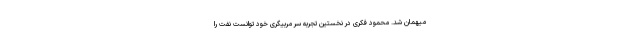
میهمان شد. محمود فکری در نخستین تجربه سر مربیگری خود توانست نفت را